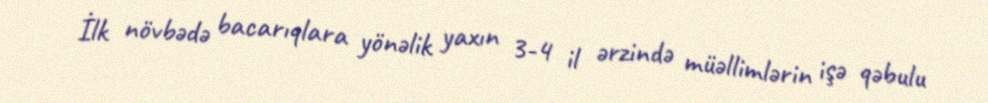
İlk növbədə bacarıqlara yönəlik yaxın 3-4 il ərzində müəllimlərin işə qəbulu